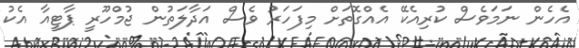
އެހެން ނަމަވެސް ކުރިއެކޭ އެއްގޮތަށް މިފަހަރު ވެސް އަދާލަތުން ޖުމްހޫރީ ޕާޓީއާ އެކު